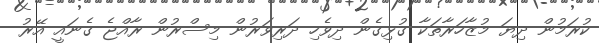
ކުރަމުން ދިޔަ މުޒާހަރާތަކާ ގުޅިގެން ދިވެހި ދަރިވަރުން މިސްރުން ރާއްޖެ ގެނައީ އޭރު